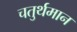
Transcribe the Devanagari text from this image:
चतुर्थमान